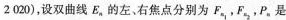
16.已知一簇双曲线E $$E_{n}:x^{2}-y^{2}=(\frac{n}{2020})(n \in N^{*},$$ n≤